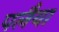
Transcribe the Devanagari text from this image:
पलैया